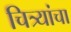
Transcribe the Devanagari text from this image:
चित्र्यांचा